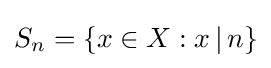
S_{n}=\{x\in X:x\mathop {|} n\}